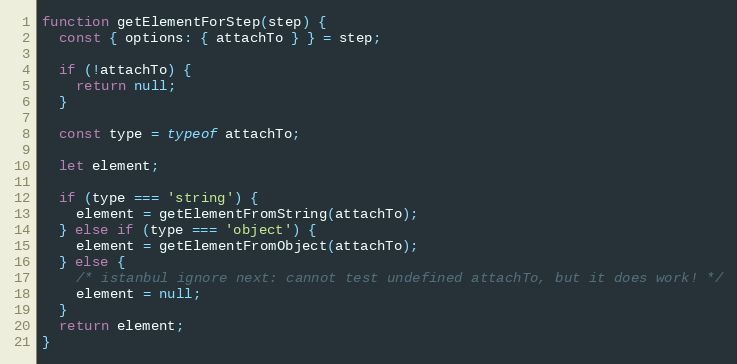
Language: JavaScript
function getElementForStep(step) {
  const { options: { attachTo } } = step;

  if (!attachTo) {
    return null;
  }

  const type = typeof attachTo;

  let element;

  if (type === 'string') {
    element = getElementFromString(attachTo);
  } else if (type === 'object') {
    element = getElementFromObject(attachTo);
  } else {
    /* istanbul ignore next: cannot test undefined attachTo, but it does work! */
    element = null;
  }
  return element;
}